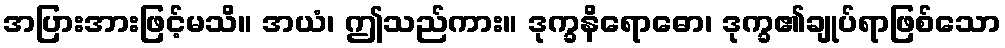
အပြားအားဖြင့်မသိ။ အယံ၊ ဤသည်ကား။ ဒုက္ခနိရောဓော၊ ဒုက္ခ၏ချုပ်ရာဖြစ်သော